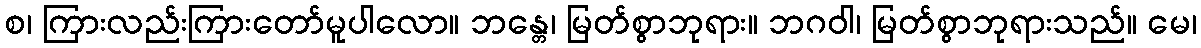
စ၊ ကြားလည်းကြားတော်မူပါလော။ ဘန္တေ၊ မြတ်စွာဘုရား။ ဘဂဝါ၊ မြတ်စွာဘုရားသည်။ မေ၊